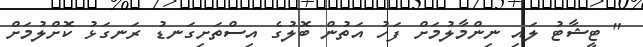
" ޓީޝާޓު ލައި ނިންމާލުމަށް ފަހު އަތުން ބޮލުގެ އިސްތަށިގަނޑު ރަނގަޅު ކޮށްލުމަށް